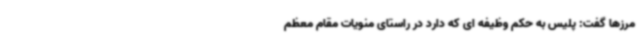
مرزها گفت: پلیس به حکم وظیفه ای که دارد در راستای منویات مقام معظم